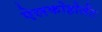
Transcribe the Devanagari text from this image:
ऐलकोहोलेंट